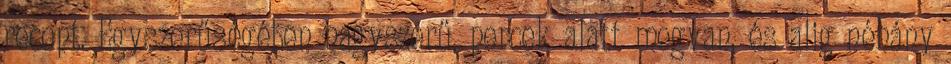
recept. Egyszerűségében nagyszerű, percek alatt megvan, és alig néhány